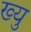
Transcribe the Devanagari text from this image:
ख्यु